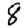
Digit: 8